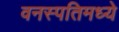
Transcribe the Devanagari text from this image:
वनस्पतिमध्ये